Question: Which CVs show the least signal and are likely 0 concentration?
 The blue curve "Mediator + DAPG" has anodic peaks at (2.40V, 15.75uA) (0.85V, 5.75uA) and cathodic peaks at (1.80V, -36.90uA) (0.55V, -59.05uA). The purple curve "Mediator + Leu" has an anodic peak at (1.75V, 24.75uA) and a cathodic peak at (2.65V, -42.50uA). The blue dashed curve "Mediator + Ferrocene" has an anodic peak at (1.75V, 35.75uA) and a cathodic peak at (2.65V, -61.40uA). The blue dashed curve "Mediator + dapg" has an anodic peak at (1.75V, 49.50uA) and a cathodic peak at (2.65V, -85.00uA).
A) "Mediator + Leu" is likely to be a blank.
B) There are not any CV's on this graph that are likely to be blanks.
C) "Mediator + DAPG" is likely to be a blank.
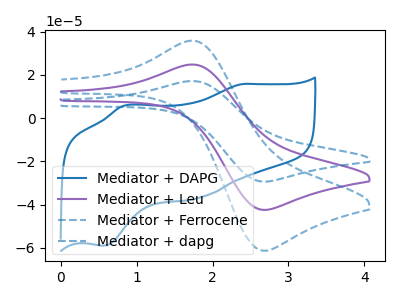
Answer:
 <answer>B) There are not any CV's on this graph that are likely to be blanks.</answer>
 <eval>B</eval>